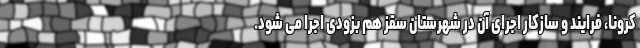
کرونا، فرایند و سازکار اجرای آن در شهرستان سقز هم بزودی اجرا می شود.